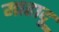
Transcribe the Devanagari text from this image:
माहादू